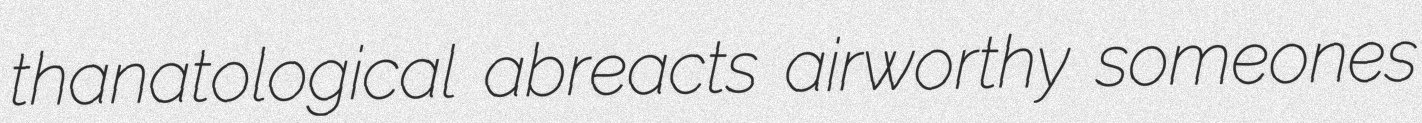
thanatological abreacts airworthy someones